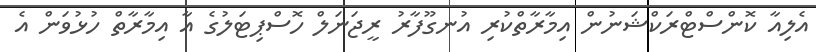
އެލިއާ ކޮންސްޓްރަކްޝަނުން އިމާރާތްކުރި އުނގޫފާރު ރީޖަނަލް ހޮސްޕިޓަލުގެ އާ އިމާރާތް ހުޅުވަން އެ